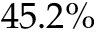
4 5 . 2 \%